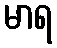
မာရ